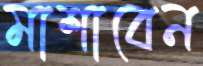
মাশাবেন